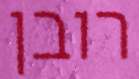
רובן